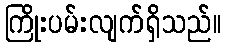
ကြိုးပမ်းလျက်ရှိသည်။